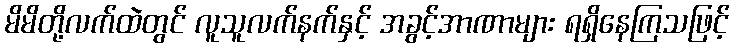
မိမိတို့လက်ထဲတွင် လူသူလက်နက်နှင့် အခွင့်အာဏာများ ရရှိနေကြသဖြင့်